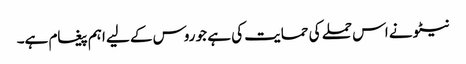
نیٹو نے اس حملے کی حمایت کی ہے جو روس کے لیے اہم پیغام ہے۔